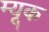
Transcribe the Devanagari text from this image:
म्यूक